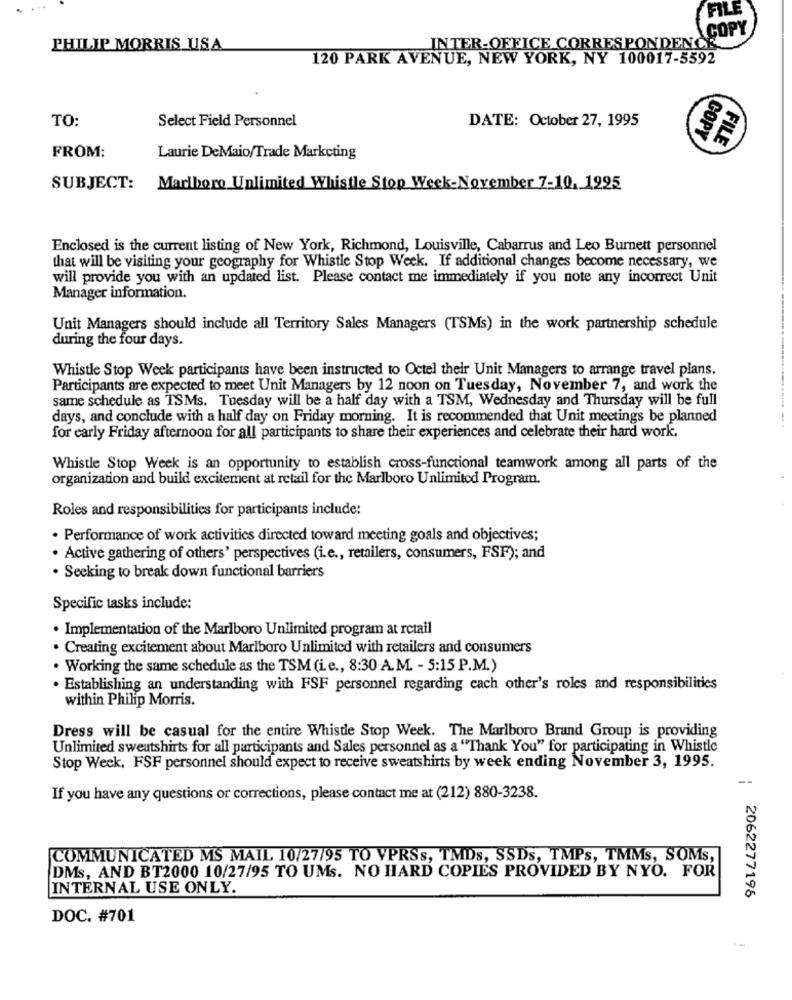
. ..
FILE
COPY
PHILIP MORRIS USA
INTER-OFFICE CORRESPONDENCE
120 PARK AVENUE, NEW YORK, NY 100017-5592
TO:
Select Field Personnel
DATE: October 27, 1995
COPY
FILE
FROM:
Laurie DeMaio/Trade Marketing
SUBJECT:
Marlboro Unlimited Whistle Stop Week-November 7-10, 1995
Enclosed is the current listing of New York, Richmond, Louisville, Cabarrus and Leo Burnett personnel
that will be visiting your geography for Whistle Stop Week. If additional changes become necessary, we
will provide you with an updated list. Please contact me immediately if you note any incorrect Unit
Manager information.
Unit Managers should include all Territory Sales Managers (TSMs) in the work partnership schedule
during the four days.
Whistle Stop Week participants have been instructed to Octel their Unit Managers to arrange travel plans.
Participants are expected to meet Unit Managers by 12 noon on Tuesday, November 7, and work the
same schedule as TSMs. Tuesday will be a half day with a TSM, Wednesday and Thursday will be full
days, and conclude with a half day on Friday morning. It is recommended that Unit meetings be planned
for early Friday afternoon for all participants to share their experiences and celebrate their hard work.
Whistle Stop Week is an opportunity to establish cross-functional teamwork among all parts of the
organization and build excitement at retail for the Marlboro Unlimited Program.
Roles and responsibilities for participants include:
· Performance of work activities directed toward meeting goals and objectives;
. Active gathering of others' perspectives (i.e ., retailers, consumers, FSF); and
· Seeking to break down functional barriers
Specific tasks include:
. Implementation of the Marlboro Unlimited program at retail
· Creating excitement about Marlboro Unlimited with retailers and consumers
. Working the same schedule as the TSM (i.e ., 8:30 A.M. - 5:15 P.M.)
· Establishing an understanding with FSF personnel regarding each other's roles and responsibilities
within Philip Morris.
Dress will be casual for the entire Whistle Stop Week. The Marlboro Brand Group is providing
Unlimited sweatshirts for all participants and Sales personnel as a "Thank You" for participating in Whistle
Stop Week, FSF personnel should expect to receive sweatshirts by week ending November 3, 1995.
--
If you have any questions or corrections, please contact me at (212) 880-3238.
COMMUNICATED MS MAIL 10/27/95 TO VPRSs, TMDs, SSDs, TMPs, TMMs, SOMs,
DMs, AND BT2000 10/27/95 TO UMs. NO HARD COPIES PROVIDED BY NYO. FOR
INTERNAL USE ONLY.
2062277196
DOC. #701